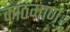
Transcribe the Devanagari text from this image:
काठमांण्ु